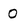
Character: 0